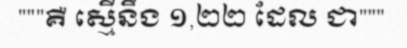
"""គឺ ស្មើនឹង ១,២២ ដែល ជា"""